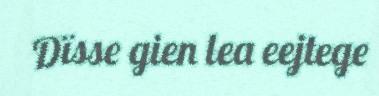
Dïsse gien lea eejtege